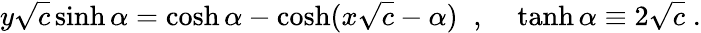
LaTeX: y\sqrt{c}\sinh\alpha=\cosh\alpha-\cosh(x\sqrt{c}-\alpha)\; \; ,\; \; \; \; \operatorname{tanh}\alpha\equiv 2\sqrt{c}\; .